Code of medical and sanitary regulations for the guidance of medical officers serving in the Madras Presidency - Volume II
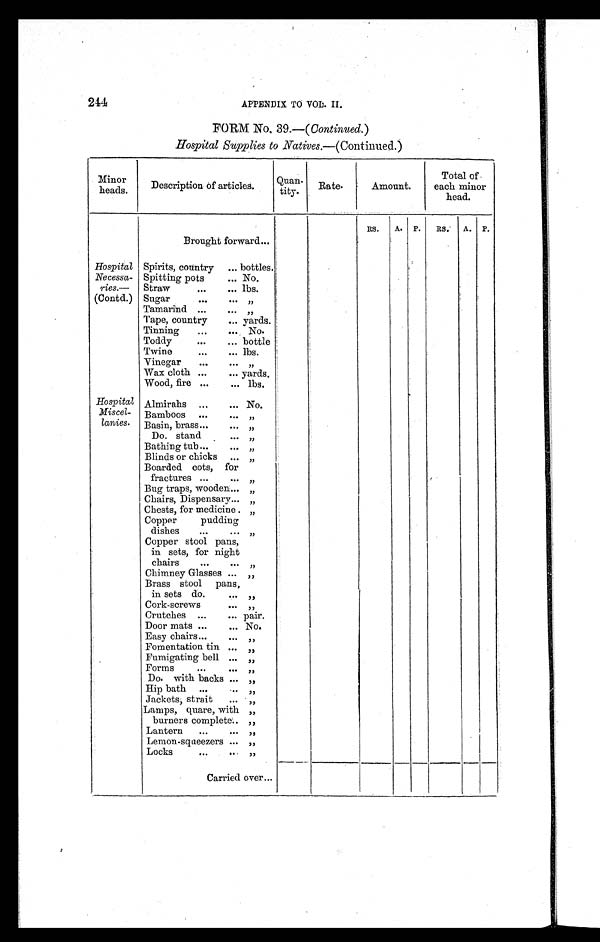
244
APPENDIX TO VOL. II.
FORM No. 39.—( Continued. )
Hospital Supplies to Natives.—(Continued.)
Minor
heads.
Description of articles.
Quan-
tity.
Rate.
Amount.
Total of
each minor
head.
RS. A. P. RS. A. P.
Brought forward...
Hospital
Necessa-
ries.—
(Contd.)
Spirits, country ... bottles.
Spitting pots
... No.
Straw
. . . ... lbs.
Sugar
. . . . . . „
Tamarind
. . . . . . „
Tape, country
... yards.
Tinning
. . . ... No.
Toddy
. . . ... bottle
Twine
. . . . . . lbs.
Vinegar
...
. . . „
Wax cloth
. . .
... yards.
Wood, fire ...
... lbs.
Hospital
Miscel-
lanies.
Almirahs ...
. . . No.
Bamboos ...
. . . „
Basin, brass . . .
. . . „
Do. stand
. . .
„
Bathing tub . . . ... „
Blinds or chicks ... „
Boarded cots, for
fractures ...
. . . „
Bug traps, wooden . . . „
Chairs, Dispensary . . . „
Chests, for medicine . „
Copper pudding
dishes
...
. . . „
Copper stool pans,
in sets, for night
chairs
. . .
. . . „
Chimney Glasses ... „
Brass stool pans,
in sets do. . . .
. . . „
Cork-screws
. . . „
Crutches
. . . ... pair.
Door mats ...
. . . No.
Easy chairs . . .
. . . „
Fomentation tin ... „
Fumigating bell ... „
Forms
. . .
. . . „
Do. with backs ... „
Hip bath ...
. . . „
Jackets, strait
... „
Lamps, quare, with „
burners complete . . . „
Lantern
...
. . . „
Lemon-squeezers ... „
Locks
...
... „
Carried over ...